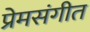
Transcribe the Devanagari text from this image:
प्रेमसंगीत